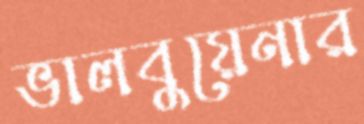
ভালবুয়েনার